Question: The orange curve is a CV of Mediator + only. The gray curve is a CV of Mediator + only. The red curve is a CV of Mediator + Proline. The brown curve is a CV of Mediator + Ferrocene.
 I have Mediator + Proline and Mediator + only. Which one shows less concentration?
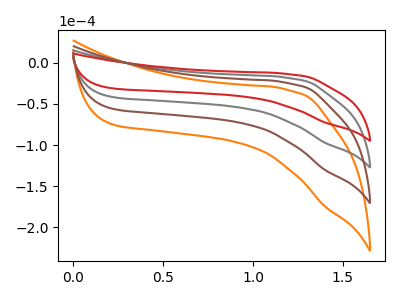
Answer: <think>The orange curve "Mediator + only" has no peaks. The gray curve "Mediator + only" has no peaks. The red curve "Mediator + Proline" has no peaks. The brown curve "Mediator + Ferrocene" has no peaks.
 Neither "Mediator + Proline" or "Mediator + only" have any peaks.</think>
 <answer>I cant tell if "Mediator + Proline" or "Mediator + only" has higher concentration.</answer>
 <eval>mixed_concentration</eval>